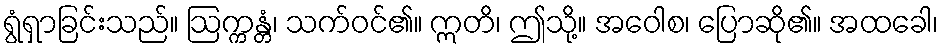
ရွံရှာခြင်းသည်။ ဩက္ကန္တံ၊ သက်ဝင်၏။ ဣတိ၊ ဤသို့။ အဝေါစ၊ ပြောဆို၏။ အထခေါ၊